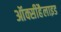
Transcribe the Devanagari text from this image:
ऑक्सीहैलाइड